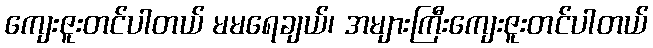
ကျေးဇူးတင်ပါတယ် မမရေချယ်၊ အများကြီးကျေးဇူးတင်ပါတယ်